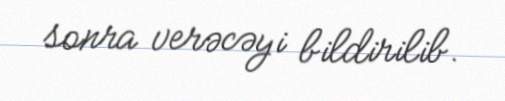
sonra verəcəyi bildirilib.